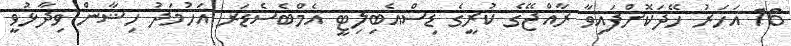
16 އަހަރު ހޭދަކޮށްފައިވާ ރާއްޖޭގެ ކުރީގެ ޑިސްއެބިލިޓީ އެމްބެސެޑަރ އަހުމަދު ހިޝާން ވިދާޅުވީ